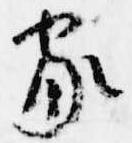
家